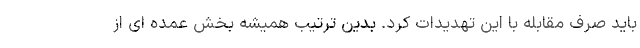
باید صرف مقابله با این تهدیدات کرد. بدین ترتیب همیشه بخش عمده ای از